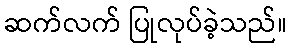
ဆက်လက် ပြုလုပ်ခဲ့သည်။